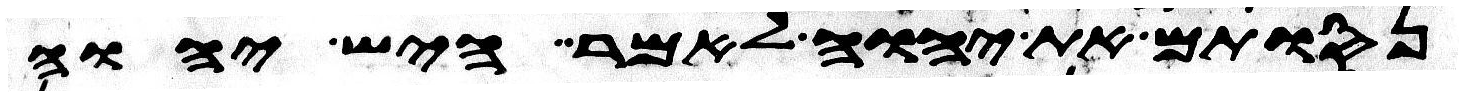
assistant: נסותם את יהוה לאמר היש יהוה